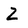
Character: Z